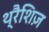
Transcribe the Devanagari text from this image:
थ्रैशिज़